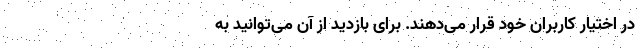
در اختیار کاربران خود قرار می‌دهند. برای بازدید از آن می‌توانید به